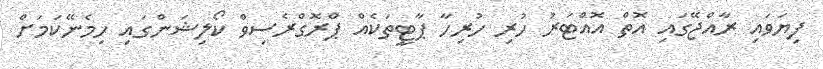
ފިޔަވައި ރާއްޖޭގައި އޮތް އޮއްޓަރު ހުރި ހުރިހާ ޕާޓީތަކެއް ޕްރޮގްރެސިވް ކޯލިޝަންގައި ހިމެނޭކަމަށް